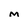
Character: M